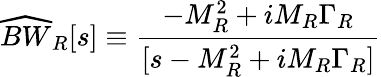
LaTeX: \widehat{BW}_{R}[s]\equiv{\frac{-M_{R}^{2}+iM_{R}\Gamma_{R}}{[s-M_{R}^{2}+iM_{R}\Gamma_{R}]}}